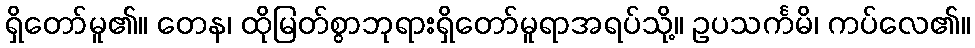
ရှိတော်မူ၏။ တေန၊ ထိုမြတ်စွာဘုရားရှိတော်မူရာအရပ်သို့။ ဥပသင်္ကမိ၊ ကပ်လေ၏။